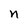
Character: n